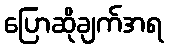
ပြောဆိုချက်အရ